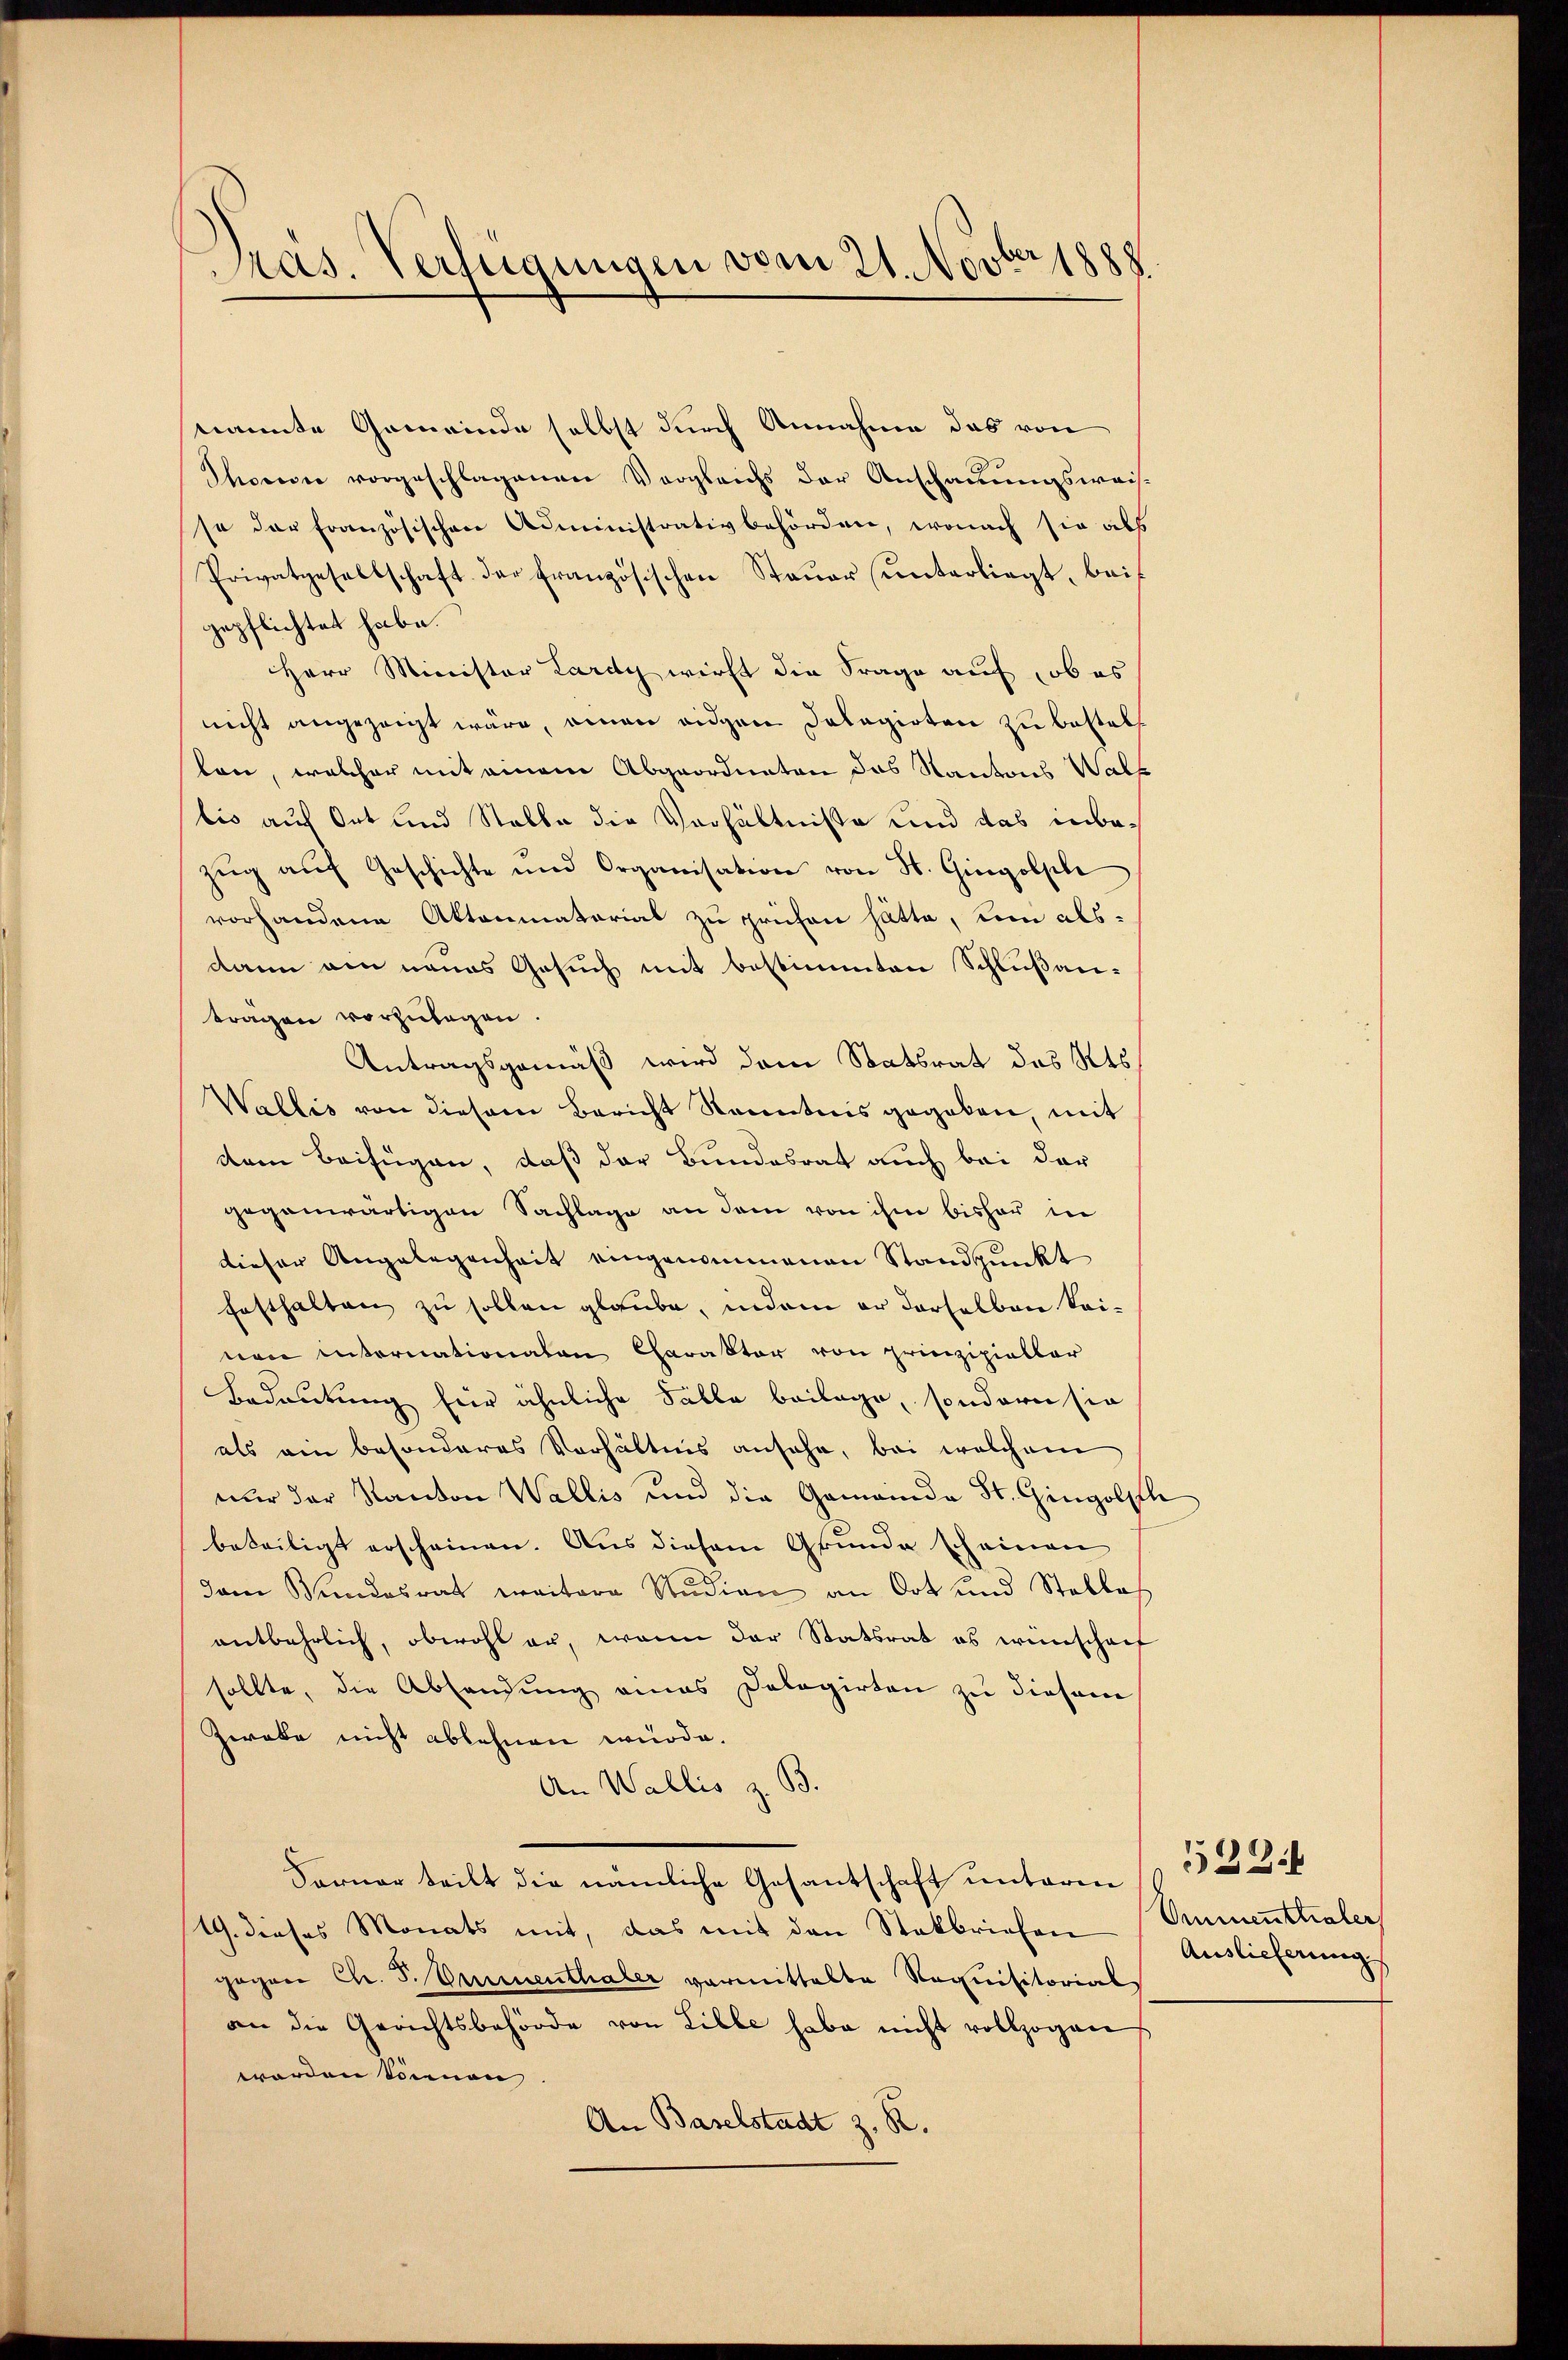
Pras. Verfügungen vom 21. Novber 1888

nannte Gemeinde selbst durch Annahme das von
Thonen vorgeschlagenen Vergleichs der Anschauungsweis-
so der französischen Administrativbehörden, wonach sie als
Privatgesellschaft der Französischen Steuer (unterliegt, bei
gepflichtet habe.
Herr Minister Lardy wirft die Frage auf, ob es
nicht angezeigt wäre, einen eidgen Dalagirten zu bestalt
ten, welcher mit einem Abgeordneten das Kantons Walt
tio auf Ort und Stelle die Verhältnisse und das inbezŭg aŭf Geschichte und Organisation von St. Gingolphe
vorhandene Aktenmatorial zu prüfen hätte, um als
dann am neues Gesuch mit bestimmten Schlußantragen vorzulagen.
Antragsgemäß wird dem Statsrat des Kts.
Wallis von diesem Bericht Kenntnis gegeben, mit
dem Beifügen, daß der Bundesrat auch bei der
gegenwärtigen Sachlage an dem von ihm bisher in
dieser Angelegenheit eingenommenen Standpunkt
festhalten zu sollen glaube, indem er derselben keinen internationalen Charakter von prinzipieller
Bedeutung für ähnliche Falle beilage, sondern sie
als ein besonderes Verhältnis ansehe, bei welchem
nur der Kanton Wallis und die Gemeinde St. Gingolfh
beteiligt erscheinen. Aus diesem Grunde scheinen
dem Bundesrat weitere Studien an Ort und Stelles
entbehrlich, obwohl er, wenn der Statsrat es wünschen
sollte, die Abhandung eines Dologirten zu diesem
Zweke nicht ablehnen würde.
An Wallis z. B.
Forner teilt die nämliche Gesantschaft unterm
19. dieses Monats mit, das mit den Stokbriefen Unmenttialer
gegen Chr. S. Emmenthaler vormittelte Requisitorial
an die Gerichtsbehörde von Liebe habe nicht vollzogen
worden Sonnen
An Baselstadt z. R.

Auslieferung

533